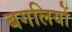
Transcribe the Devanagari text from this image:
बगलियों